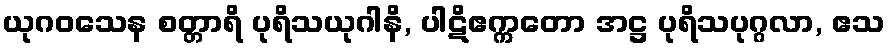
ယုဂဝသေန စတ္တာရိ ပုရိသယုဂါနိ, ပါဋိဧက္ကတော အဋ္ဌ ပုရိသပုဂ္ဂလာ, ဧသ